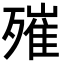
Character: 𣩑